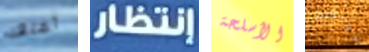
أعتقد إنتظار الأسلحة مواطن